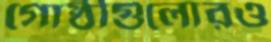
গোষ্ঠীগুলোরও